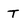
Character: T